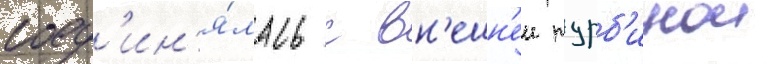
соед'ин'я́лась с вн'ешн'еи турб'инои